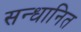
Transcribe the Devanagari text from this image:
सन्धानित